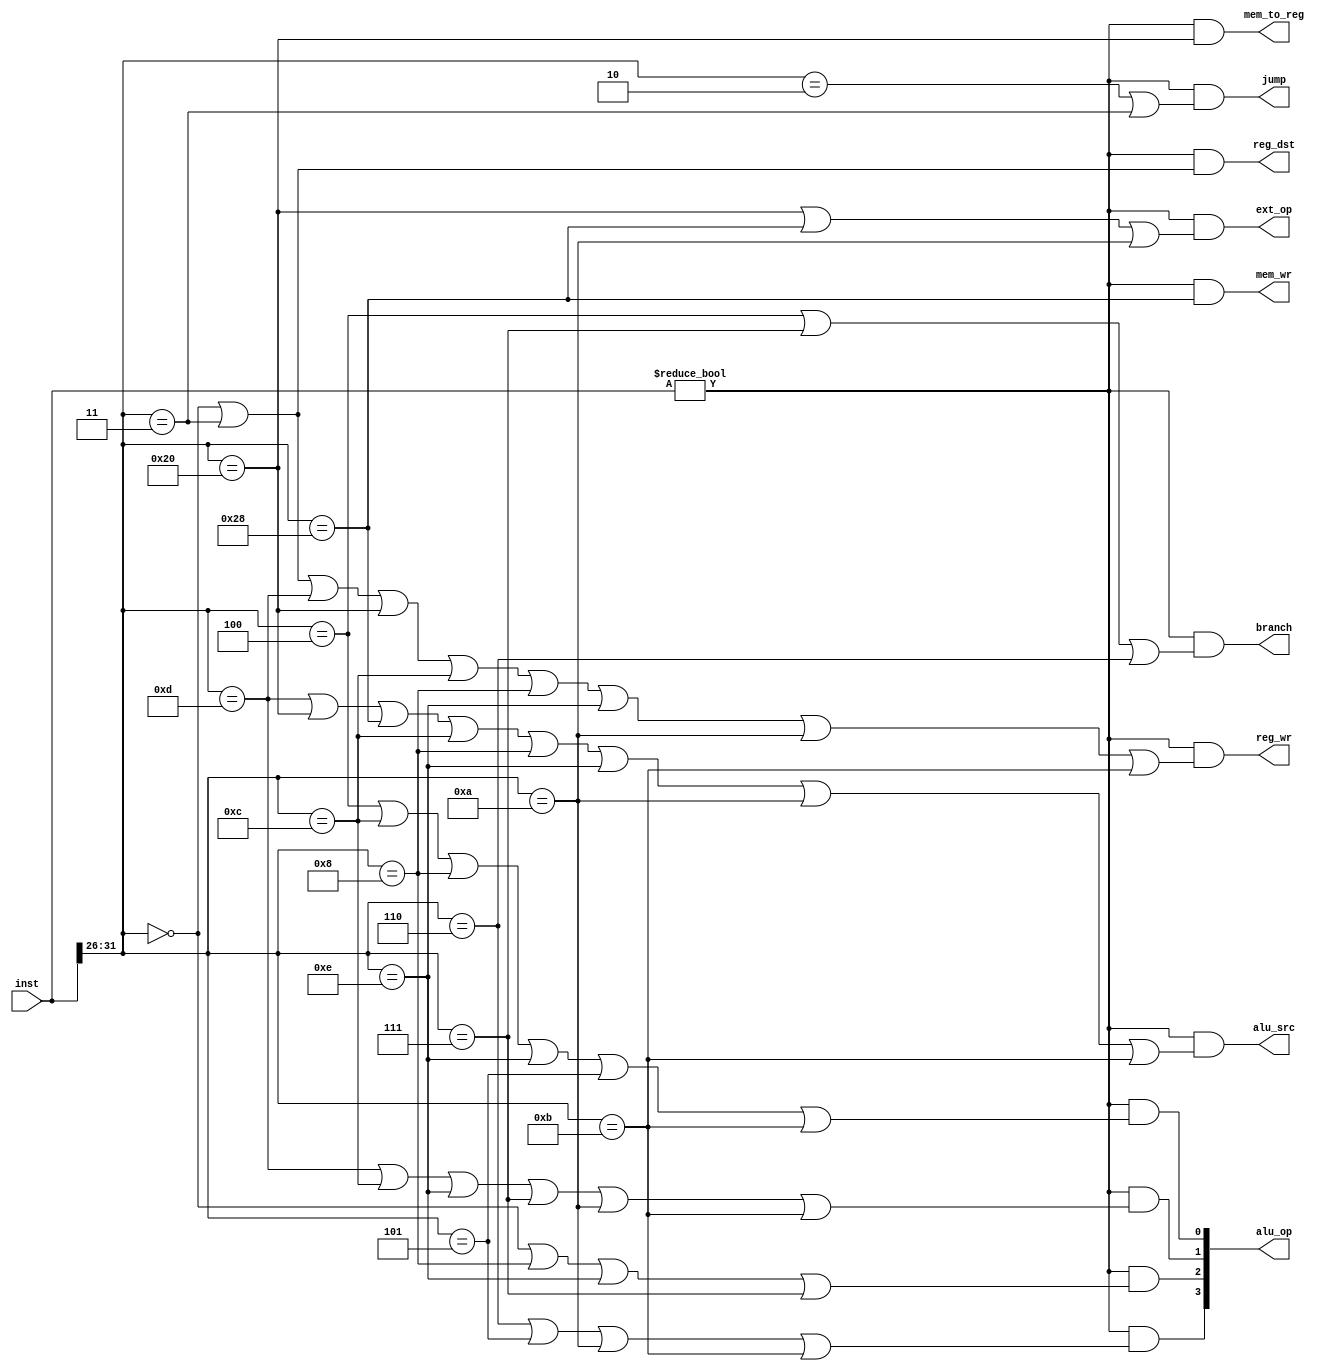
`timescale 1ns / 1ps

// MODULE TO ASSIGN DIFFERENT CONTROL SIGNALS
module main_control(
    input [31:0] inst,
    output reg_dst,
    output alu_src,
    output mem_to_reg,
    output reg_wr,
    output mem_wr,
    output branch,
    output jump,
    output ext_op,
    output [3:0] alu_op
    );
    
    // ASSIGN CONTROL SIGNALS BASED ON THE OPCODE
    // -- FOLLOWED SLIDE 41 OF 'SingleCycleCPUDesign-cso2012.pdf' 
    // UPLOADED ON MOODLE + SOME EXTRA FUNCTIONS --
    wire [5:0] opcode;
    assign opcode = inst[31:26];
    assign reg_dst    = (inst!=32'b0) && (opcode == 6'b000000 | opcode == 6'b000011);
    assign alu_src    = (inst!=32'b0) && (opcode == 6'b001101 | opcode == 6'b100000 | opcode == 6'b101000 | opcode == 6'b001100 | opcode == 6'b001000 | opcode == 6'b001110 | opcode == 6'b001010 | opcode == 6'b001011); 
    assign mem_to_reg = (inst!=32'b0) && (opcode == 6'b100000);
    assign reg_wr     = (inst!=32'b0) && (opcode == 6'b000000 | opcode == 6'b000011 | opcode == 6'b001101 | opcode == 6'b100000 | opcode == 6'b001100 | opcode == 6'b001000 | opcode == 6'b001110 | opcode == 6'b001010 | opcode == 6'b001011); 
    assign mem_wr     = (inst!=32'b0) && (opcode == 6'b101000); 
    assign branch     = (inst!=32'b0) && (opcode == 6'b000100 | opcode == 6'b000111 | opcode == 6'b000110); 
    assign jump       = (inst!=32'b0) && (opcode == 6'b000010 | opcode == 6'b000011); 
    assign ext_op     = (inst!=32'b0) && (opcode == 6'b100000 | opcode == 6'b101000 | opcode == 6'b001010); 
    assign alu_op[3]  = (inst!=32'b0) && (opcode == 6'b000110 | opcode == 6'b000101 | opcode == 6'b001010 | opcode == 6'b001011);
    assign alu_op[2]  = (inst!=32'b0) && (opcode == 6'b000000 | opcode == 6'b001000 | opcode == 6'b001110 | opcode == 6'b000111); 
    assign alu_op[1]  = (inst!=32'b0) && (opcode == 6'b001101 | opcode == 6'b001100 | opcode == 6'b001110 | opcode == 6'b000111 | opcode == 6'b001010 | opcode == 6'b001011); 
    assign alu_op[0]  = (inst!=32'b0) && (opcode == 6'b000100 | opcode == 6'b001100 | opcode == 6'b001000 | opcode == 6'b001110 | opcode == 6'b000101 | opcode == 6'b001011); 
    
endmodule